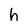
Character: h